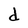
Character: d